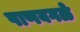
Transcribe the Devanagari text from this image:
पाणबगळे